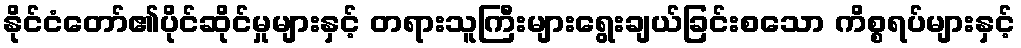
နိုင်ငံတော်၏ပိုင်ဆိုင်မှုများနှင့် တရားသူကြီးများရွေးချယ်ခြင်းစသော ကိစ္စရပ်များနှင့်